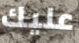
عليك